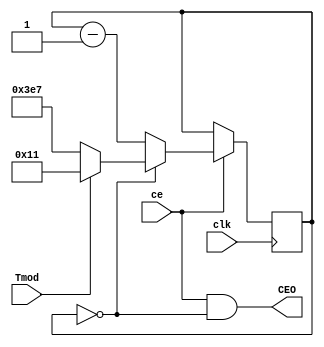
`ifndef N
	`define N 18
`endif
module Gen_Nms_1s (input clk, output wire CEO,
                   input ce,
                   input Tmod);
	parameter F1kHz=1000;
	parameter F1Hz=1;
	
	reg[9:0]cb_Nms = 0;
	wire[9:0]Nms = Tmod? `N-1 : ((F1kHz/F1Hz)-1);

	assign CEO = ce & (cb_Nms==0);
	always @(posedge clk) if (ce) begin
		cb_Nms <= (cb_Nms==0)? Nms : cb_Nms-1;
	end
endmodule